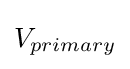
V_{primary}